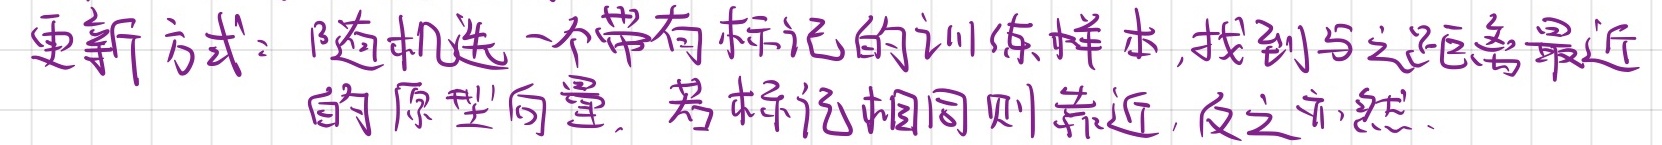
更新方式：随机选一个带有标记的训练样本,找到与之距离最近的原型向量. 若标记相同则靠近, 反之亦然.